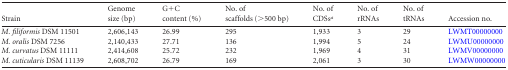
| Strain | Genomesize (bp) | G+Ccontent (%) | No. ofscaffolds (>500 bp) | No. ofCDSsa | No. ofrRNAs | No. oftRNAs | Accession no. |
 | --- | --- | --- | --- | --- | --- | --- | --- |
 | M. filiformis DSM 11501 | 2,606,143 | 26.99 | 295 | 1,933 | 3 | 29 | LWMT00000000 |
 | M. oralis DSM 7256 | 2,140,433 | 27.71 | 136 | 1,994 | 5 | 24 | LWMU00000000 |
 | M. curvatus DSM 11111 | 2,414,608 | 25.72 | 232 | 1,969 | 4 | 31 | LWMV00000000 |
 | M. cuticularis DSM 11139 | 2,608,702 | 26.79 | 169 | 2,061 | 3 | 30 | LWMW00000000 |